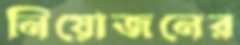
নিয়োজনের